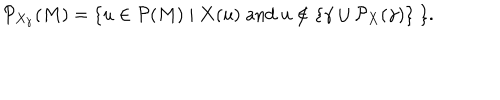
{ \cal P } _ { X _ { \gamma } } ( M ) = \{ u \in { \cal P } ( M ) \mid { \bf X } ( u ) \; \mathrm { a n d } \; u \not \in \{ \gamma \cup { \cal P } _ { X } ( \gamma ) \} \; \} .